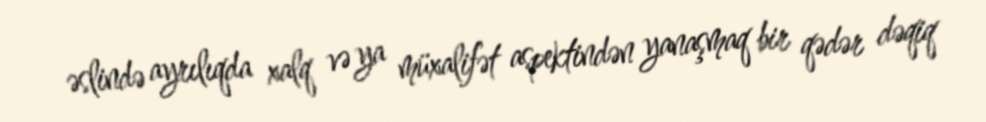
əslində ayrılıqda xalq və ya müxalifət aspektindən yanaşmaq bir qədər dəqiq